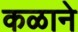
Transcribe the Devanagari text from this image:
कळाने